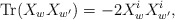
\begin{align*}{\rm Tr} (X_w X_{w'}) = - 2 X_w^i X_{w'}^i,\end{align*}